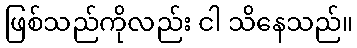
ဖြစ်သည်ကိုလည်း ငါ သိနေသည်။